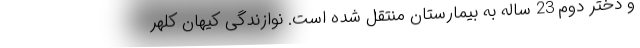
و دختر دوم 23 ساله به بیمارستان منتقل شده است. نوازندگی کیهان کلهر